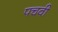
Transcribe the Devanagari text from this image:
पचवी